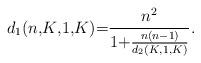
LaTeX: \begin{align*}d_1(n{,}K{,}1{,}K){=}\frac{n^2}{1{+}\frac{n(n{-}1)}{d_2(K{,}1{,}K)}}.\end{align*}